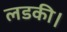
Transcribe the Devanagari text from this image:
लडकी।